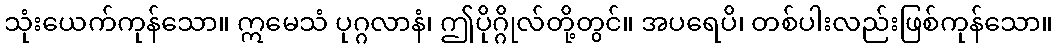
သုံးယေက်ကုန်သော။ ဣမေသံ ပုဂ္ဂလာနံ၊ ဤပိုဂ္ဂိုလ်တို့တွင်။ အပရေပိ၊ တစ်ပါးလည်းဖြစ်ကုန်သော။